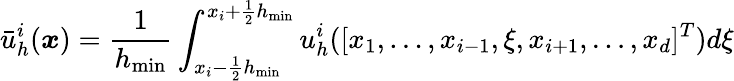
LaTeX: \bar{u}_{h}^{i}(\boldsymbol{x})=\frac{1}{h_{\operatorname*{min}}}\int_{x_{i}-\frac{1}{2}h_{\operatorname*{min}}}^{x_{i}+\frac{1}{2}h_{\operatorname*{min}}}u_{h}^{i}([x_{1},\ldots,x_{i-1},\xi,x_{i+1},\ldots,x_{d}]^{T})d\xi